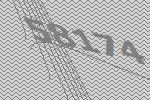
58174